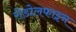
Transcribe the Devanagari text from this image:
रोडोलफाइन